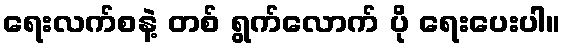
ရေးလက်စနဲ့ တစ် ရွက်လောက် ပို ရေးပေးပါ။